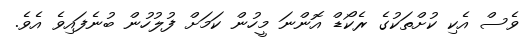
ވެސް އެކި ކުށްތަކުގެ ރެކޯޑް އޮންނަ މީހުން ކަމަށް ފުލުހުން ބުނެފައިވެ އެވެ.